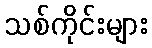
သစ်ကိုင်းများ